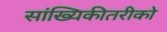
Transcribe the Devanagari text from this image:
सांख्यिकीतरीको